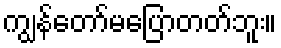
ကျွန်တော်မပြောတတ်ဘူး။